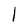
Character: I